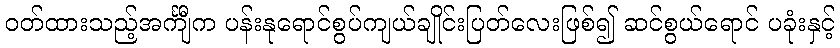
ဝတ်ထားသည့်အင်္ကျီက ပန်းနုရောင်စွပ်ကျယ်ချိုင်းပြတ်လေးဖြစ်၍ ဆင်စွယ်ရောင် ပခုံးနှင့်